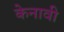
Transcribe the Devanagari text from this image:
केनावी